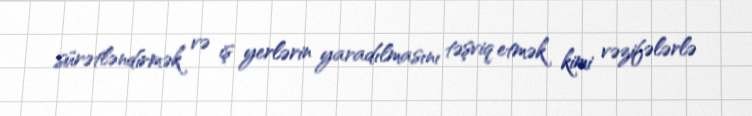
sürətləndirmək və iş yerlərin yaradılmasını təşviq etmək kimi vəzifələrlə